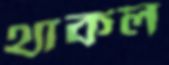
থাকল